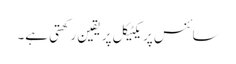
سائنس پریکٹیکل پر یقین رکھتی ہے۔